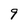
Character: 9